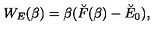
W _ { E } ( \beta ) = \beta ( \breve { F } ( \beta ) - \breve { E } _ { 0 } ) ,